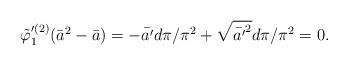
LaTeX: \begin{align*}\tilde{\varphi}_{1}^{\prime (2)}(\bar{a}^{2}-\bar{a})=-\bar{a'}d\pi/\pi^{2}+\sqrt{\bar{a'}^{2}}d\pi/\pi^{2}=0.\end{align*}